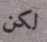
لكن